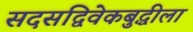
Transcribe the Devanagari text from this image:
सदसद्विवेकबुद्धीला